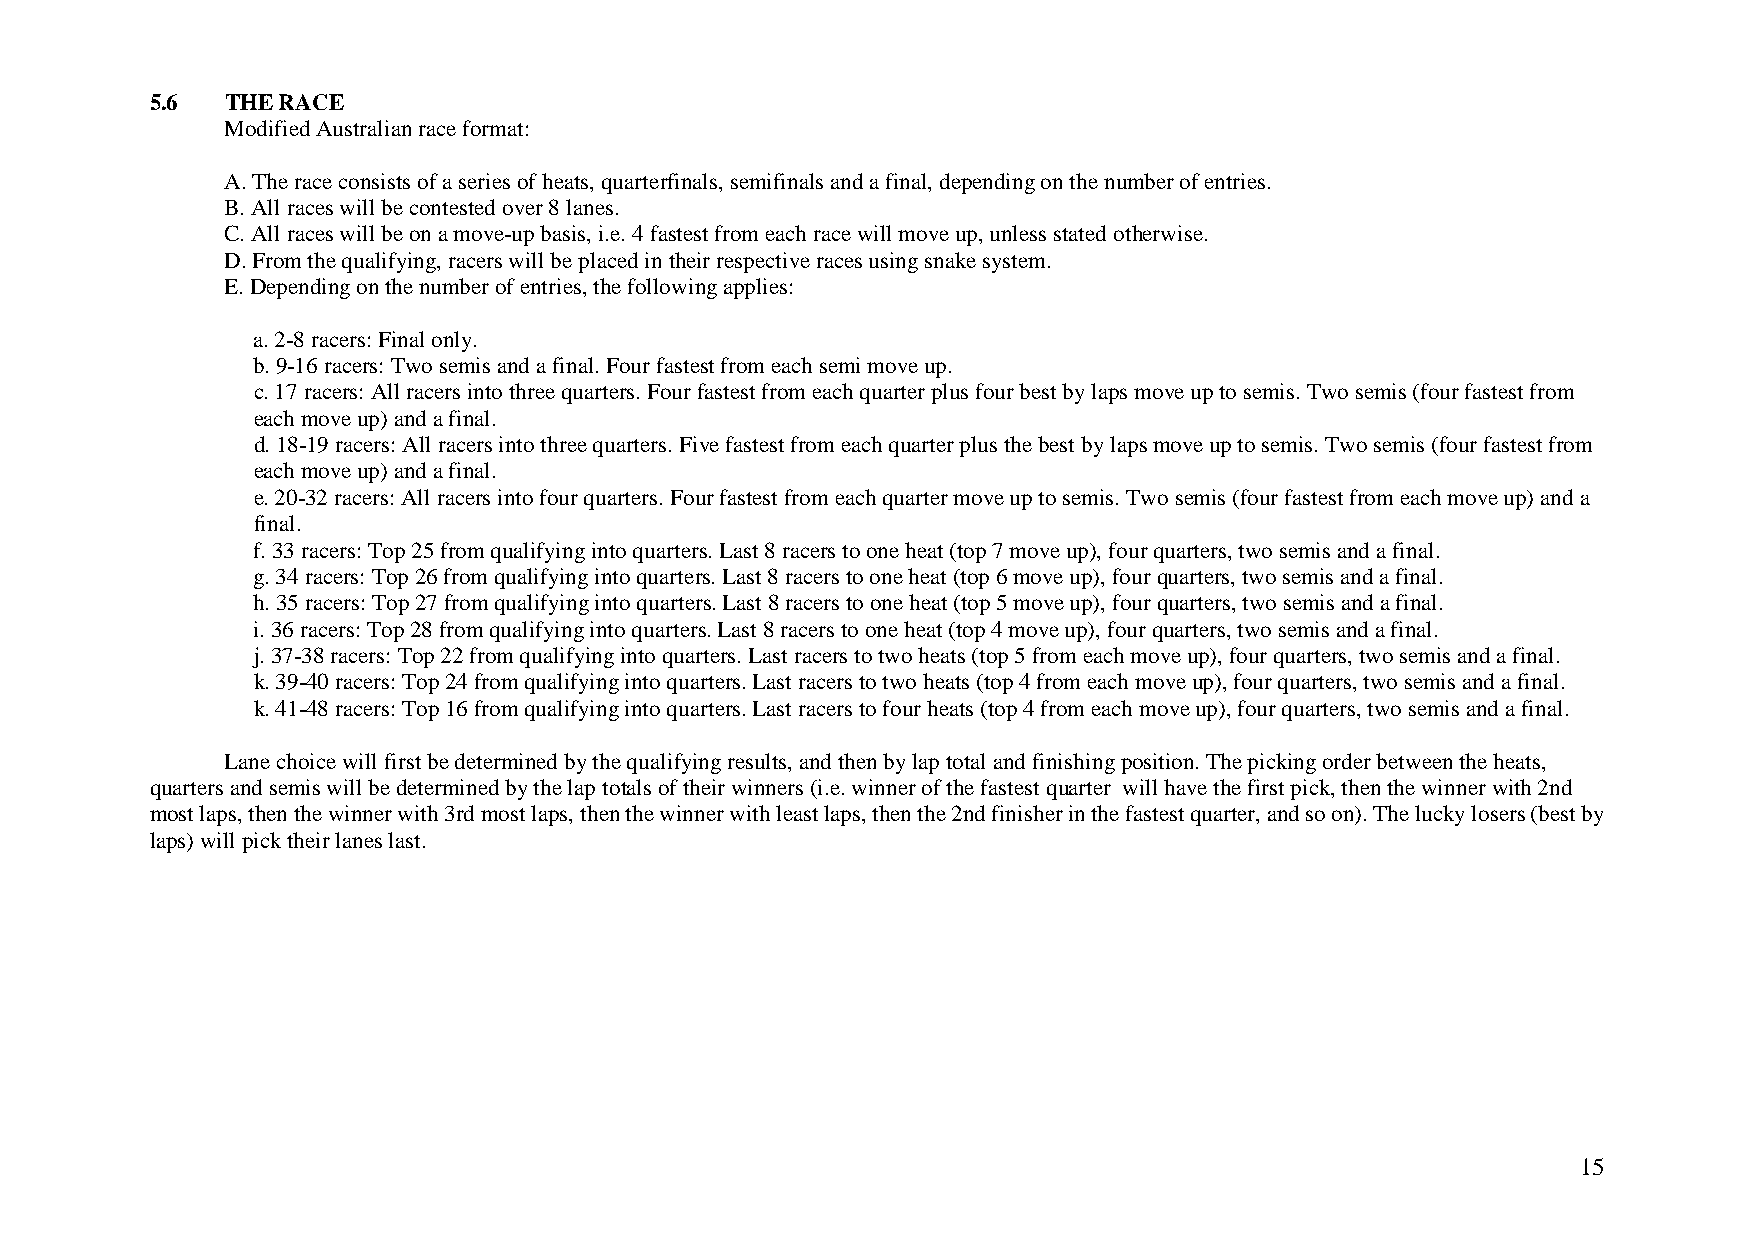
5.6  THE RACE
 Modified Australian race format:
 A. The race consists of a series of heats, quarterfinals, semifinals and a final, depending on the number of entries.
 B. All races will be contested over 8 lanes.
 C. All races will be on a move-up basis, i.e. 4 fastest from each race will move up, unless stated otherwise.
 D. From the qualifying, racers will be placed in their respective races using snake system.
 E. Depending on the number of entries, the following applies:
 a. 2-8 racers: Final only.
 b. 9-16 racers: Two semis and a final. Four fastest from each semi move up.
 c. 17 racers: All racers into three quarters. Four fastest from each quarter plus four best by laps move up to semis. Two semis (four fastest from
 each move up) and a final.
 d. 18-19 racers: All racers into three quarters. Five fastest from each quarter plus the best by laps move up to semis. Two semis (four fastest from
 each move up) and a final.
 e. 20-32 racers: All racers into four quarters. Four fastest from each quarter move up to semis. Two semis (four fastest from each move up) and a
 final.
 f. 33 racers: Top 25 from qualifying into quarters. Last 8 racers to one heat (top 7 move up), four quarters, two semis and a final.
 g. 34 racers: Top 26 from qualifying into quarters. Last 8 racers to one heat (top 6 move up), four quarters, two semis and a final.
 h. 35 racers: Top 27 from qualifying into quarters. Last 8 racers to one heat (top 5 move up), four quarters, two semis and a final.
 i. 36 racers: Top 28 from qualifying into quarters. Last 8 racers to one heat (top 4 move up), four quarters, two semis and a final.
 j. 37-38 racers: Top 22 from qualifying into quarters. Last racers to two heats (top 5 from each move up), four quarters, two semis and a final.
 k. 39-40 racers: Top 24 from qualifying into quarters. Last racers to two heats (top 4 from each move up), four quarters, two semis and a final.
 k. 41-48 racers: Top 16 from qualifying into quarters. Last racers to four heats (top 4 from each move up), four quarters, two semis and a final.
 Lane choice will first be determined by the qualifying results, and then by lap total and finishing position. The picking order between the heats,
 quarters and semis will be determined by the lap totals of their winners (i.e. winner of the fastest quarter will have the first pick, then the winner with 2nd
 most laps, then the winner with 3rd most laps, then the winner with least laps, then the 2nd finisher in the fastest quarter, and so on). The lucky losers (best by
 laps) will pick their lanes last.
 15